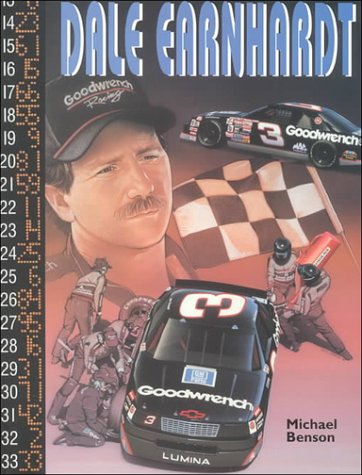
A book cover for Dale Earnhardt (Race Car Legends); Michael Benson; Teen & Young Adult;